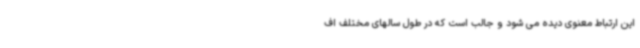
این ارتباط معنوی دیده می شود و جالب است که در طول سالهای مختلف اف